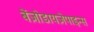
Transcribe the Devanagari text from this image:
बेंज़ोडायज़ेपाइन्स